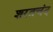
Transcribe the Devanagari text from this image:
शरतचंद